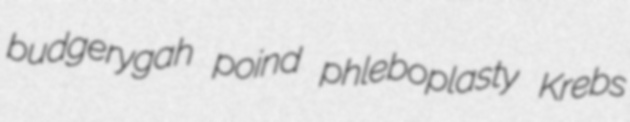
budgerygah poind phleboplasty Krebs